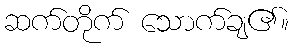
ဆက်တိုက် သောက်ချ၏။